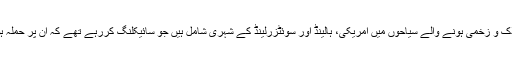
ہلاک و زخمی ہونے والے سیاحوں میں امریکی، ہالینڈ اور سوئٹزرلینڈ کے شہری شامل ہیں جو سائیکلنگ کررہے تھے کہ ان پر حملہ ہوا۔